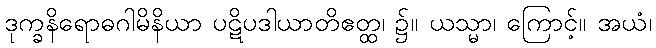
ဒုက္ခနိရောဓဂါမိနိယာ ပဋိပဒါယာတိဧတ္ထ၊ ၌။ ယသ္မာ၊ ကြောင့်။ အယံ၊